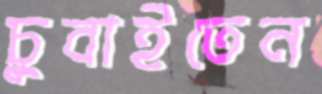
চুবাইতেন